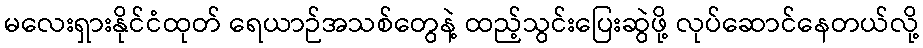
မလေးရှားနိုင်ငံထုတ် ရေယာဉ်အသစ်တွေနဲ့ ထည့်သွင်းပြေးဆွဲဖို့ လုပ်ဆောင်နေတယ်လို့